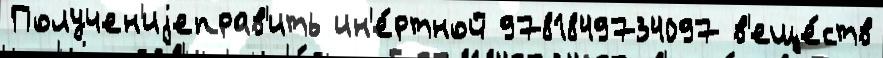
Получен'иjеправ'ить ин'е́ртной 9781849734097 в'еще́ств